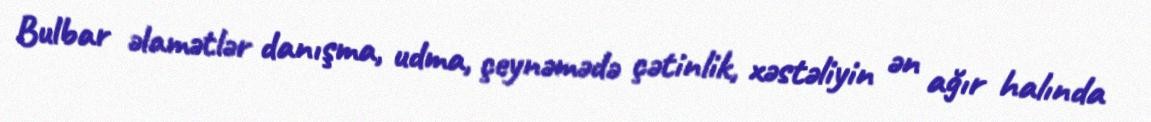
Bulbar əlamətlər danışma, udma, çeynəmədə çətinlik, xəstəliyin ən ağır halında